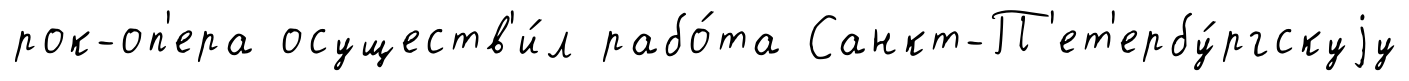
рок-оп'ера осуществ'и́л рабо́та Санкт-П'ет'ербу́ргскуjу